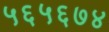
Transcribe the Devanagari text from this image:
५६५६७४